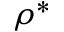
\rho ^ { * }